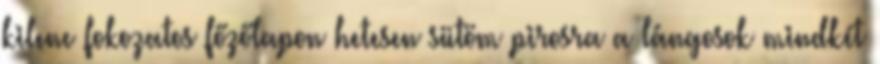
kilenc fokozatos főzőlapon hetesen sütöm pirosra a lángosok mindkét